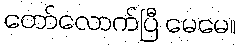
တော်လောက်ပြီ မေမေ။